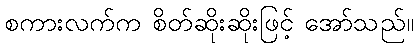
စကားလက်က စိတ်ဆိုးဆိုးဖြင့် အော်သည်။